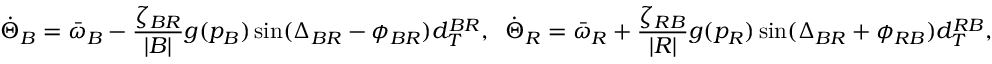
\dot { \Theta } _ { B } = \bar { \omega } _ { B } - \frac { \zeta _ { B R } } { | { \cal B } | } g ( p _ { B } ) \sin ( \Delta _ { B R } - \phi _ { B R } ) d _ { T } ^ { B R } , \; \; \dot { \Theta } _ { R } = \bar { \omega } _ { R } + \frac { \zeta _ { R B } } { | { \cal R } | } g ( p _ { R } ) \sin ( \Delta _ { B R } + \phi _ { R B } ) d _ { T } ^ { R B } ,